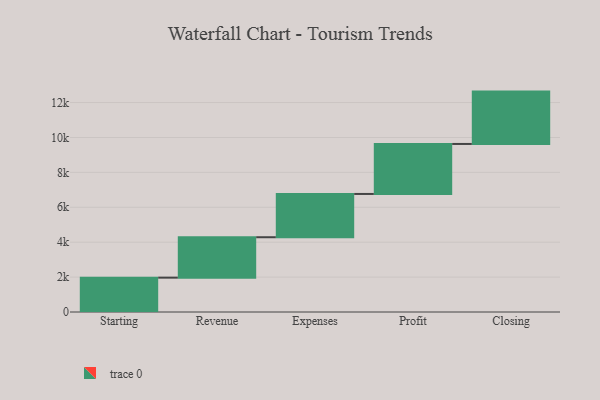
{"axis": {"x": "Step", "y": "Value"}, "legend": [""], "data": [{"x": "Starting", "y": 1968.0, "type": ""}, {"x": "Revenue", "y": 2316.0, "type": ""}, {"x": "Expenses", "y": 2479.0, "type": ""}, {"x": "Profit", "y": 2865.0, "type": ""}, {"x": "Closing", "y": 3000, "type": ""}]}